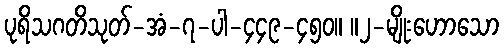
ပုရိသဂတိသုတ်-အံ-၇-ပါ-၄၄၉-၄၅၀။ ။၂-မျိုးဟောသော